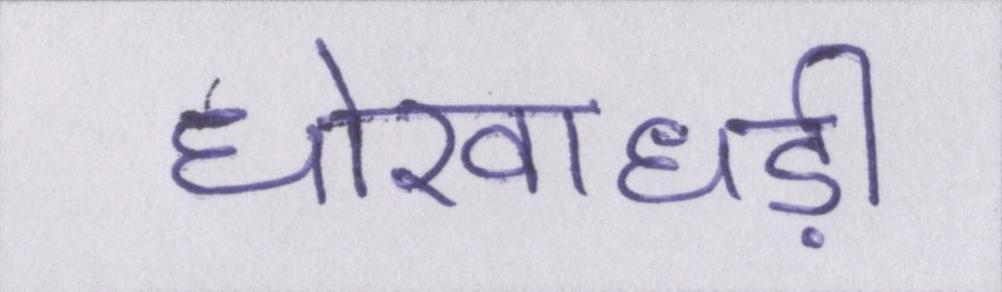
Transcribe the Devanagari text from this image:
धोखाधड़ी